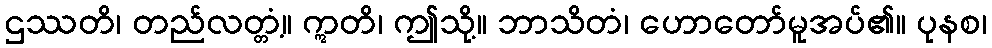
ဌဿတိ၊ တည်လတ္တံ့။ ဣတိ၊ ဤသို့။ ဘာသိတံ၊ ဟောတော်မူအပ်၏။ ပုနစ၊